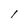
Character: l